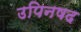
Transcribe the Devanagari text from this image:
उपिनषद